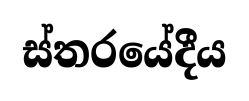
ස්තරයේදීය